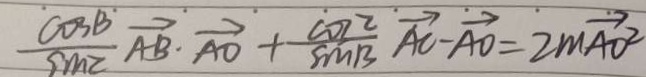
\frac { \cos B } { \sin C } \overrightarrow { A B } \cdot \overrightarrow { A O } + \frac { \cos 2 } { \sin B } \overrightarrow { A C } - \overrightarrow { A O } = 2 m \overrightarrow { A O ^ { 2 } }